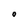
Character: O